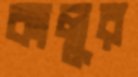
কালুর